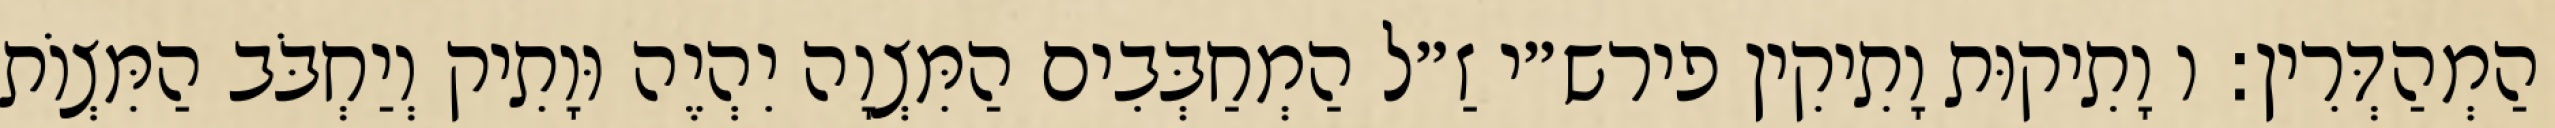
הַמְהַדְּרִין: ו וָתִיקוּת וָתִיקִין פירש״י זַ״ל הַמְחַבְּבִים הַמִּצְוָה יִהְיֶה וּוָתִיק וְיַחְבֹּב הַמִּצְוֹת